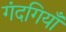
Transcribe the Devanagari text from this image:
गंदगियाँ